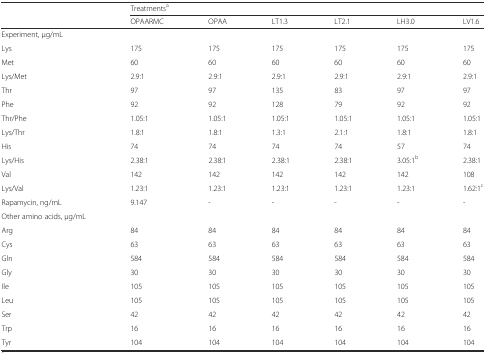
|  | <COLSPAN=6> Treatmentsa |
 |  | OPAARMC | OPAA | LT1.3 | LT2.1 | LH3.0 | LV1.6 |
 | --- | --- | --- | --- | --- | --- | --- |
 | Experiment, μg/mL |  |  |  |  |  |  |
 | Lys | 175 | 175 | 175 | 175 | 175 | 175 |
 | Met | 60 | 60 | 60 | 60 | 60 | 60 |
 | Lys/Met | 2.9:1 | 2.9:1 | 2.9:1 | 2.9:1 | 2.9:1 | 2.9:1 |
 | Thr | 97 | 97 | 135 | 83 | 97 | 97 |
 | Phe | 92 | 92 | 128 | 79 | 92 | 92 |
 | Thr/Phe | 1.05:1 | 1.05:1 | 1.05:1 | 1.05:1 | 1.05:1 | 1.05:1 |
 | Lys/Thr | 1.8:1 | 1.8:1 | 1.3:1 | 2.1:1 | 1.8:1 | 1.8:1 |
 | His | 74 | 74 | 74 | 74 | 57 | 74 |
 | Lys/His | 2.38:1 | 2.38:1 | 2.38:1 | 2.38:1 | 3.05:1b | 2.38:1 |
 | Val | 142 | 142 | 142 | 142 | 142 | 108 |
 | Lys/Val | 1.23:1 | 1.23:1 | 1.23:1 | 1.23:1 | 1.23:1 | 1.62:1c |
 | Rapamycin, ng/mL | 9.147 | - | - | - | - | - |
 | Other amino acids, μg/mL |  |  |  |  |  |  |
 | Arg | 84 | 84 | 84 | 84 | 84 | 84 |
 | Cys | 63 | 63 | 63 | 63 | 63 | 63 |
 | Gln | 584 | 584 | 584 | 584 | 584 | 584 |
 | Gly | 30 | 30 | 30 | 30 | 30 | 30 |
 | Ile | 105 | 105 | 105 | 105 | 105 | 105 |
 | Leu | 105 | 105 | 105 | 105 | 105 | 105 |
 | Ser | 42 | 42 | 42 | 42 | 42 | 42 |
 | Trp | 16 | 16 | 16 | 16 | 16 | 16 |
 | Tyr | 104 | 104 | 104 | 104 | 104 | 104 |